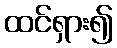
ထင်ရှား၍